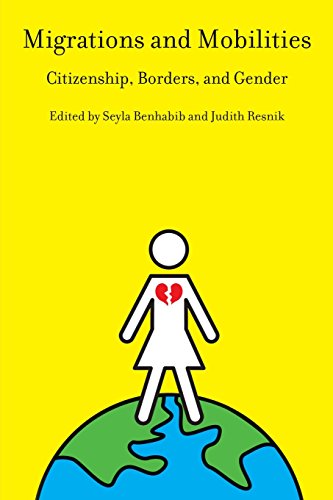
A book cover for Migrations and Mobilities: Citizenship, Borders, and Gender; Law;